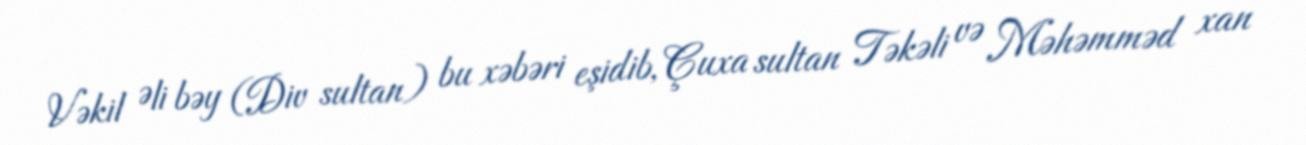
Vəkil Əli bəy (Div sultan) bu xəbəri eşidib, Çuxa sultan Təkəli və Məhəmməd xan